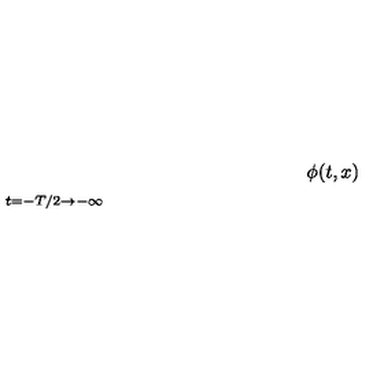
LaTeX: \phi ( t , x ) { \frac { \buildrel t = - T / 2 \to - \infty } { \mathrm { t } o 6 0 p t { \rightarrowfill } } } \phi _ { 1 } ( x ) ,